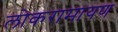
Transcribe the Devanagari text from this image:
लोकरामायण